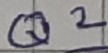
Text: Q2